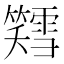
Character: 𫂪